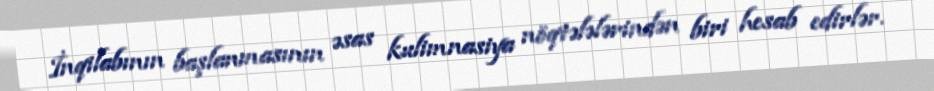
İnqilabının başlanmasının əsas kulimnasiya nöqtələlərindən biri hesab edirlər.